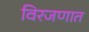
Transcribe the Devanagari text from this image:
विरजणात